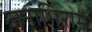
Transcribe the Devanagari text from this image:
जनाभिराम